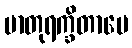
မာတုရက္ခိတာပေ